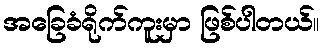
အခြေခံရိုက်ကူးမှာ ဖြစ်ပါတယ်။